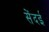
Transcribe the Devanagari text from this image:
सेंदई